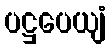
ပဋ္ဌပေယျံ